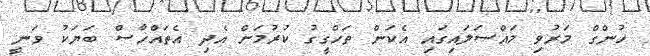
ހުންގް މަރުވި މައްސަލައިގައި އެކަން ތަހްގީގު ކުރުމަށް އެދި އެތައްހާސް ބަޔަކު ވަނީ